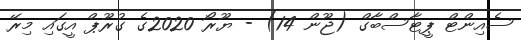
ސެއިންޓް ޕީޓާސްބާގް (ޖޫން 14) - ޔޫރޯ 2020ގެ ގުރޫޕް އީގައި މިރޭ